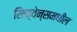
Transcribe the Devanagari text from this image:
सिक्वेन्समधील